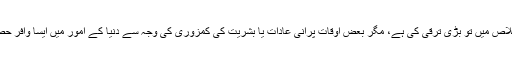
پھر فرماتے ہیں: ’’ہزارہا انسان ہیں جنہوں نے محبت اور اخلاص میں تو بڑی ترقی کی ہے، مگر بعض اوقات پرانی عادات یا بشریت کی کمزوری کی وجہ سے دنیا کے امور میں ایسا وافر حصہ لیتے ہیں کہ پھر دین کی طرف سے غفلت ہو جاتی ہے‘‘۔